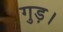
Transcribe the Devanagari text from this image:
गुड़।